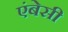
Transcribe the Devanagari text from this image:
एंबेसी